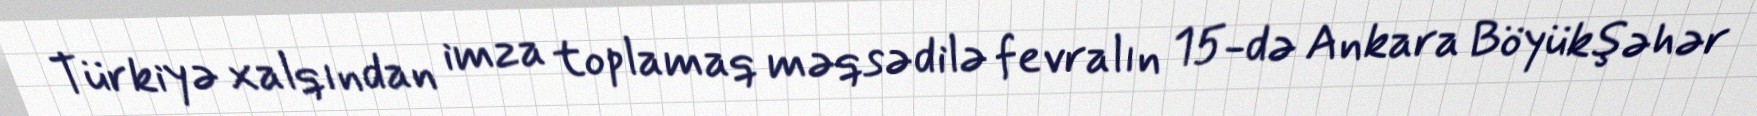
Türkiyə xalqından imza toplamaq məqsədilə fevralın 15-də Ankara Böyükşəhər